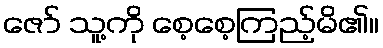
ဇော် သူ့ကို စေ့စေ့ကြည့်မိ၏။